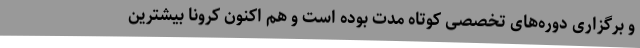
و برگزاری دوره‌های تخصصی کوتاه مدت بوده است و هم اکنون کرونا بیشترین